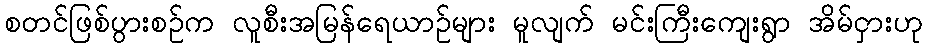
စတင်ဖြစ်ပွားစဉ်က လူစီးအမြန်ရေယာဉ်များ မူလျက် မင်းကြီးကျေးရွာ အိမ်ငှားဟု